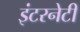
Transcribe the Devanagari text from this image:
इंटरनेटी